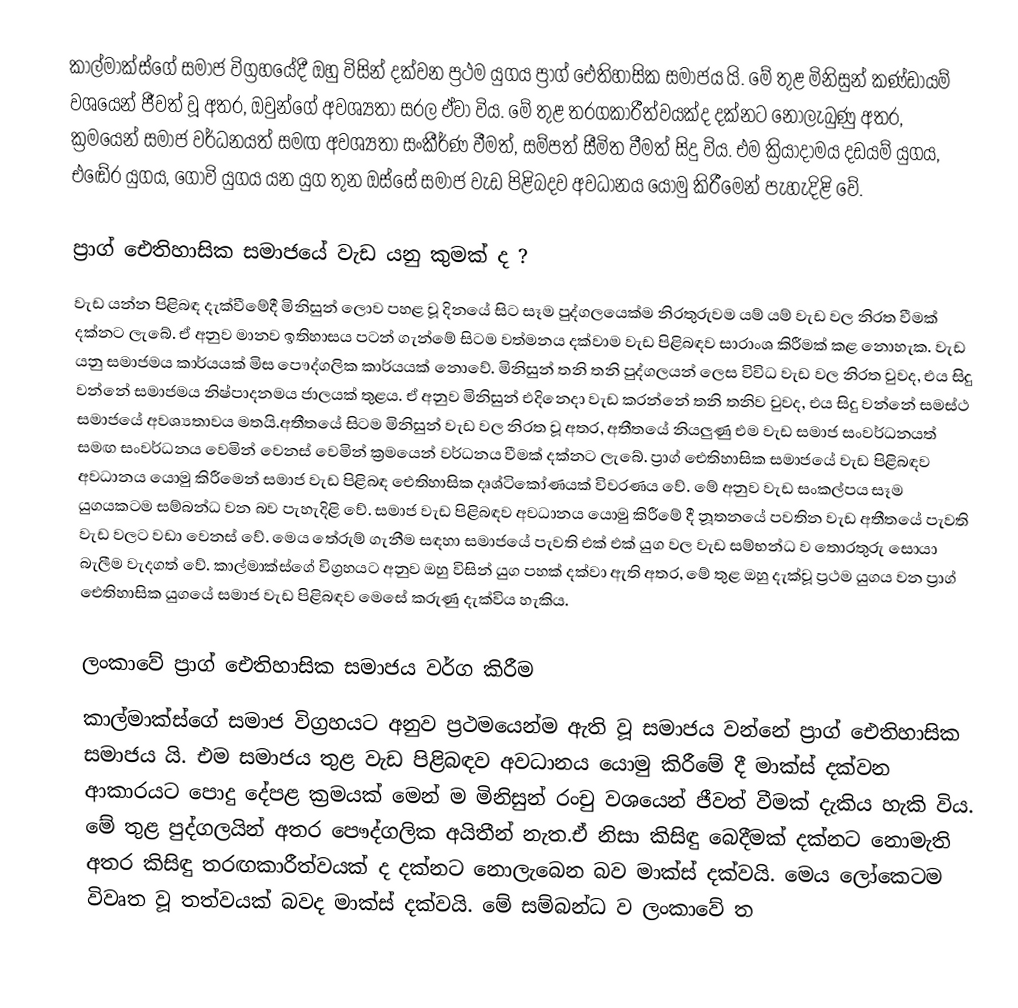
කාල්මාක්ස්ගේ සමාජ විග්‍රහයේදී ඔහු විසින් දක්වන ප්‍රථම යුගය ප්‍රාග් ඓතිහාසික සමාජය   යි. මේ   තුළ   මිනිසුන්  කණ්ඩායම්   වශයෙන්  ජීවත්   වූ   අතර, ඔවුන්ගේ  අවශ්‍යතා  සරල  ඒවා  විය. මේ   තුළ තරගකාරීත්වයක්ද   දක්නට   නොලැබුණු   අතර, ක්‍රමයෙන්   සමාජ   වර්ධනයත්  සමඟ    අවශ්‍යතා   සංකීර්ණ වීමත්, සම්පත්   සීමිත  වීමත්   සිදු   විය. එම  ක්‍රියාදාමය   දඩයම්  යුගය, එ‍ඬේර  යුගය, ගොවි  යුගය  යන  යුග තුන   ඔස්සේ  සමාජ වැඩ   පිළිබදව  අවධානය    යොමු   කිරීමෙන්  පැහැදිළි  වේ.

ප්‍රාග්   ඓතිහාසික   සමාජයේ  වැඩ  යනු  කුමක් ද ?
වැඩ  යන්න  පිළිබඳ  දැක්වීමේදී   මිනිසුන්  ලොව  පහළ  වූ  දින‍යේ  සිට  සෑම  පුද්ගලයෙක්ම   නිරතුරුවම  යම්  යම්  වැඩ   වල  නිරත  වීමක්  දක්නට  ලැබේ. ඒ  අනුව  මානව  ඉතිහාසය  පටන්  ගැන්මේ  සිටම  වත්මනය  දක්වාම  වැඩ   පිළිබඳව  සාරාංශ  කිරීමක් කළ  නොහැක. වැඩ  යනු   සමාජමය  කාර්යයක්  මිස  පෞද්ගලික  කාර්යයක්  නොවේ. මිනිසුන්  තනි  තනි  පුද්ගලයන්  ලෙස  විවිධ  වැඩ    වල  නිරත  වුවද,  එය  සිදු  වන්නේ සමාජමය  නිෂ්පාදනමය  ජාලයක්  තුළය. ඒ   අනුව  මිනිසුන්  එදිනෙදා  වැඩ  කරන්නේ  තනි  තනිව  වුවද, එය  සිදු   වන්නේ  සමස්ථ  සමාජයේ  අවශ්‍යතාවය  මතයි.අතීතයේ  සිටම  මිනිසුන්  වැඩ  වල  නිරත වූ  අතර, අතීතයේ  නියලුණු  එම  වැඩ  සමාජ  සංවර්ධනයත්  සමඟ  සංවර්ධනය  වෙමින්   වෙනස්  වෙමින් ක්‍රමයෙන්  වර්ධනය  වීමක්  දක්නට  ලැබේ. ප්‍රාග්   ඓතිහාසික   සමාජයේ  වැඩ   පිළිබඳව  අවධානය  යොමු   කිරීමෙන් සමාජ  වැඩ  පිළිබඳ   ඓතිහාසික  දෘශ්ටිකෝණයක්  විවරණය වේ.  මේ  අනුව  වැඩ  සංකල්පය   සෑම යුගයකටම   සම්බන්ධ  වන බව  පැහැදිළි වේ. සමාජ  වැඩ  පිළිබඳව  අවධානය  යොමු   කිරීමේ දී    නූතනයේ පවතින  වැඩ   අතීතයේ  පැවති  වැඩ  වලට  වඩා  වෙනස් වේ. මෙය  තේරුම්  ගැනීම  සඳහා  සමාජයේ  පැවති එක්  එක්  යුග  වල  වැඩ  සම්භන්ධ ව  තොරතුරු   සොයා   බැලීම  වැදගත් වේ.  කාල්මාක්ස්ගේ   විග්‍රහයට  අනුව   ඔහු  විසින්   යුග   පහක්  දක්වා  ඇති   අතර, මේ   තුළ  ඔහු  දැක්වූ  ප්‍රථම  යුගය  වන   ප්‍රාග්  ඓතිහාසික යුගයේ  සමාජ   වැඩ  පිළිබඳව   මෙසේ    කරුණු    දැක්විය   හැකිය.

ලංකාවේ  ප්‍රාග්   ඓතිහාසික   සමාජය   වර්ග   කිරීම
කාල්මාක්ස්ගේ   සමාජ  විග්‍රහයට   අනුව  ප්‍රථමයෙන්ම  ඇති  වූ   සමාජය   වන්නේ  ප්‍රාග්   ඓතිහාසික සමාජය යි.  එම    සමාජය   තුළ  වැඩ  පිළිබඳව  අවධානය  යොමු  කිරීමේ  දී  මාක්ස්   දක්වන  ආකාරයට   පොදු   දේපළ   ක්‍රමයක්  මෙන් ම   මිනිසුන්  රංචු   වශයෙන්  ජීවත්  වීමක්  දැකිය  හැකි  විය. මේ  තුළ  පුද්ගලයින් අතර   පෞද්ගලික  අයිතීන්  නැත.ඒ නිසා  කිසිඳු   බෙදීමක්  දක්නට  නොමැති   අතර   කිසිඳු  තරඟකාරීත්වයක් ද දක්නට  නොලැබෙන  බව  මාක්ස්  දක්වයි. මෙය  ලෝකෙටම  විවෘත වූ  තත්වයක්  බවද   මාක්ස්  දක්වයි. මේ   සම්බන්ධ ව      ලංකාවේ  ත